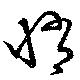
悄